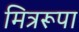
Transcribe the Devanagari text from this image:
मित्ररूपा